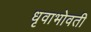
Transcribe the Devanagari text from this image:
धृवाभोवती